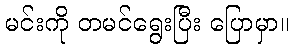
မင်းကို တမင်ရွေးပြီး ပြောမှာ။